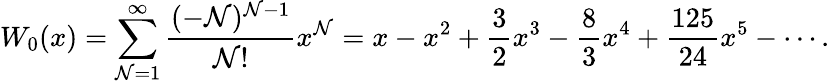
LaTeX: W_{0}(x)=\sum_{\mathcal{N}=1}^{\infty}{\frac{{(-\mathcal{N})^{\mathcal{N}-1}}}{{\mathcal{N}!}}}x^{\mathcal{N}}=x-x^{2}+{\frac{{3}}{{2}}}x^{3}-{\frac{{8}}{{3}}}x^{4}+{\frac{{125}}{{24}}}x^{5}-\cdots.